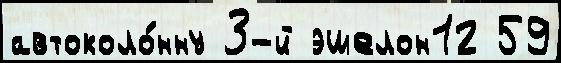
автоколо́нну 3-й эшелон12 59